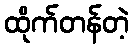
ထိုက်တန်တဲ့